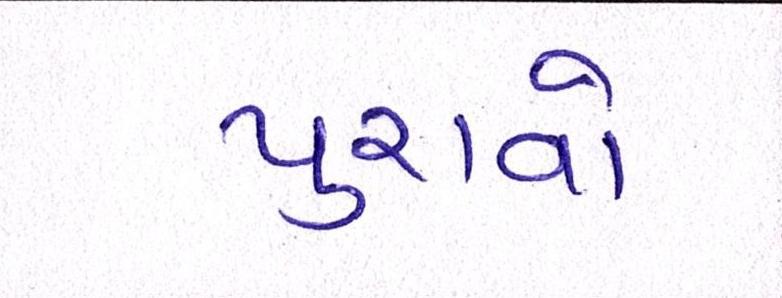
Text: પુરાવો